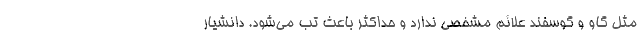
مثل گاو و گوسفند علائم مشخصی ندارد و حداکثر باعث تب می‌شود. دانشیار